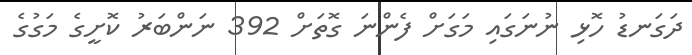
ދަގަނޑު ހޮޅި ނުނަގައި މަގަށް ފެންނަ ގޮތަށް 392 ނަންބަރު ކޮށީގެ މަގުގެ